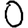
Digit: 0